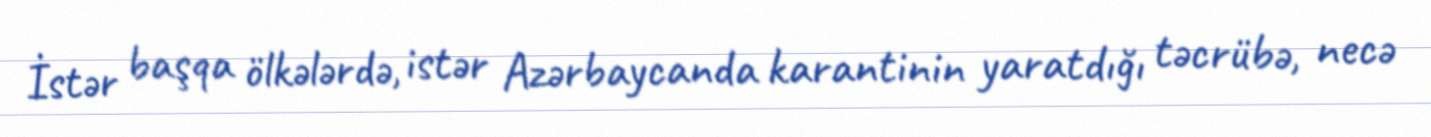
İstər başqa ölkələrdə, istər Azərbaycanda karantinin yaratdığı təcrübə, necə